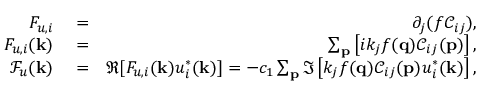
\begin{array} { r l r } { F _ { u , i } } & { { } = } & { \partial _ { j } ( f \mathcal { C } _ { i j } ) , } \\ { F _ { u , i } ( { \bf k } ) } & { { } = } & { \sum _ { \bf p } \left[ i k _ { j } f ( { \bf q } ) \mathcal { C } _ { i j } ( { \bf p } ) \right] , } \\ { \mathcal { F } _ { u } ( { \bf k } ) } & { { } = } & { \Re [ F _ { u , i } ( { \bf k } ) u _ { i } ^ { * } ( { \bf k } ) ] = - c _ { 1 } \sum _ { \bf p } \Im \left[ k _ { j } f ( { \bf q } ) \mathcal { C } _ { i j } ( { \bf p } ) u _ { i } ^ { * } ( { \bf k } ) \right] , } \end{array}